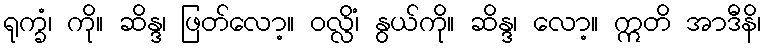
ရုက္ခံ၊ ကို။ ဆိန္ဒ၊ ဖြတ်လော့။ ဝလ္လိံ၊ နွယ်ကို။ ဆိန္ဒ၊ လော့။ ဣတိ အာဒီနိ၊